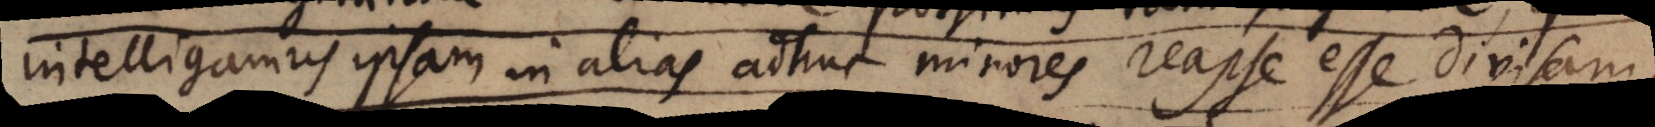
intelligamus ipsam in alias adhuc minores reapse esse divisam.